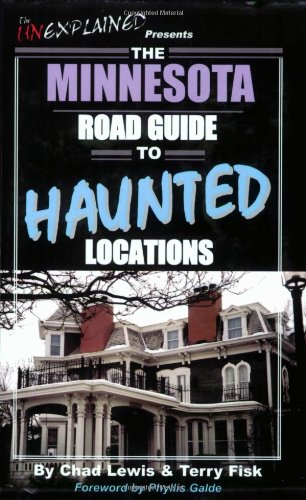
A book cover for The Minnesota Road Guide to Haunted Locations; Chad Lewis; Travel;